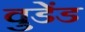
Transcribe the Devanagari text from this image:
वुडेंड